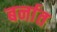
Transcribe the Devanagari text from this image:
बर्नात